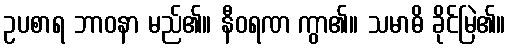
ဥပစာရ ဘာဝနာ မည်၏။ နီဝရဏ ကွာ၏။ သမာဓိ ခိုင်မြဲ၏။